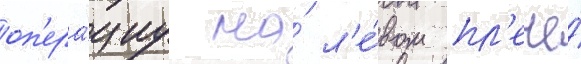
оп'ера́циу на́ л'е́вом пл'ече́